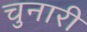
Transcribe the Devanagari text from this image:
चुनारी